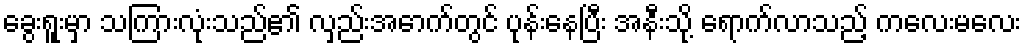
ခွေးရူးမှာ သကြားလုံးသည်၏ လှည်းအောက်တွင် ပုန်းနေပြီး အနီးသို့ ရောက်လာသည့် ကလေးမလေး